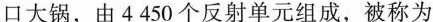
口大锅，由4450个反射单元组成，被称为